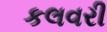
કલવરી